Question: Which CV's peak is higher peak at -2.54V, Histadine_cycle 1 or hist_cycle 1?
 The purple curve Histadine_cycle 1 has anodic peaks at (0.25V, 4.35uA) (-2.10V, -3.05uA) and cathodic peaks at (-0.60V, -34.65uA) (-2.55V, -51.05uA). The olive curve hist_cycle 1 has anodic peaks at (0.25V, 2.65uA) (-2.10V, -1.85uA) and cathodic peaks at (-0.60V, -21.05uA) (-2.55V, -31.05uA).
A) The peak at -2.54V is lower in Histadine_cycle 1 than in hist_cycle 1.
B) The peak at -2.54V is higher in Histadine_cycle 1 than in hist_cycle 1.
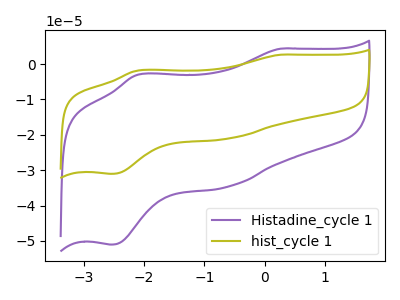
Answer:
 <answer>B) The peak at -2.54V is higher in "Histadine_cycle 1" than in "hist_cycle 1".</answer>
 <eval>B</eval>